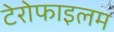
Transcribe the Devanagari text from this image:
टेरोफाइलम